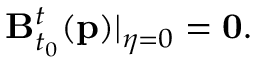
\mathbf { B } _ { t _ { 0 } } ^ { t } ( \mathbf { p } ) \vert _ { \eta = 0 } = \mathbf { 0 } .